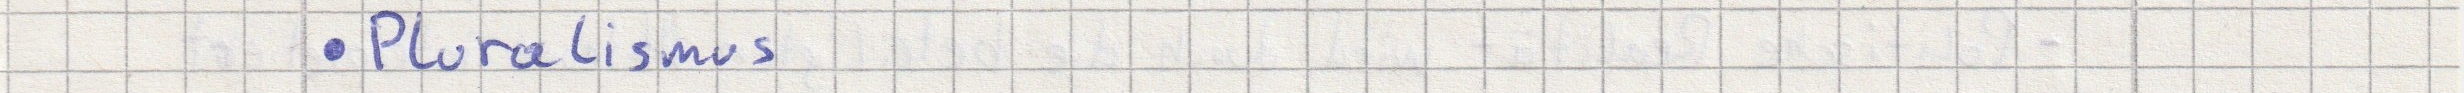
- Pluralismus